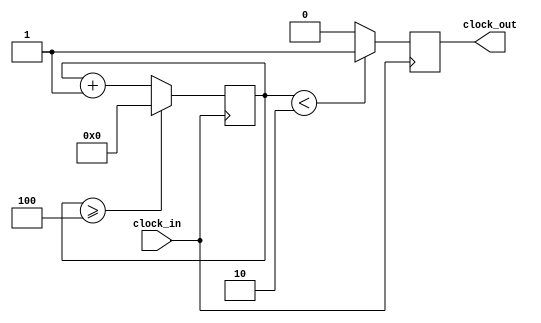
/*
Discription:
Verilog code for clock division 

 Modifications:
 Franklin Nwankwo - 30May23 initial draft
*/
module clk_div(clock_in,clock_out
    );

input clock_in; // input clock on FPGA
output reg clock_out; // output clock after dividing the input clock by divisor

reg[27:0] counter=28'd0;
parameter DIVISOR = 28'd5; //dividing 50MHz clk to get a 10MHz clk

// The frequency of the output clk_out
//  = The frequency of the input clk_in divided by DIVISOR
// For example: Fclk_in = 50Mhz, if you want to get 1Hz signal to blink LEDs
// You will modify the DIVISOR parameter value to 28'd50,000,000
// Then the frequency of the output clk_out = 50Mhz/50,000,000 = 1Hz
always @(posedge clock_in)
begin
 counter <= counter + 28'd1;
 if(counter>=(DIVISOR-1))
  counter <= 28'd0;
 clock_out <= (counter<DIVISOR/2)?1'b1:1'b0;
end
endmodule